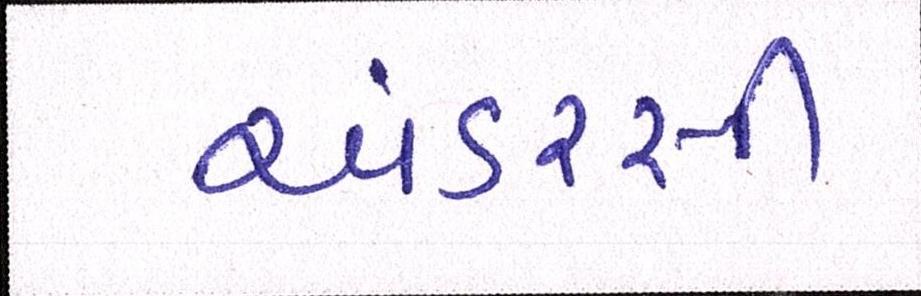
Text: અંડરસી